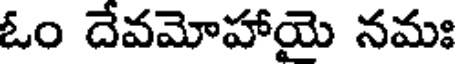
ఓం దేవమోహాయై నమః